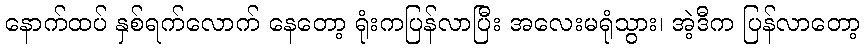
နောက်ထပ် နှစ်ရက်လောက် နေတော့ ရုံးကပြန်လာပြီး အလေးမရုံသွား၊ အဲ့ဒီက ပြန်လာတော့